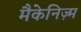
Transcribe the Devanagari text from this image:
मैकेनिज़्म